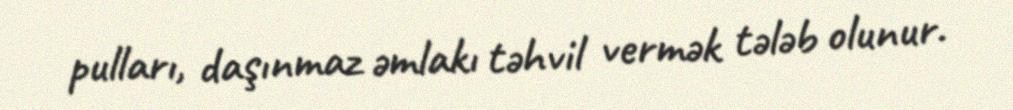
pulları, daşınmaz əmlakı təhvil vermək tələb olunur.